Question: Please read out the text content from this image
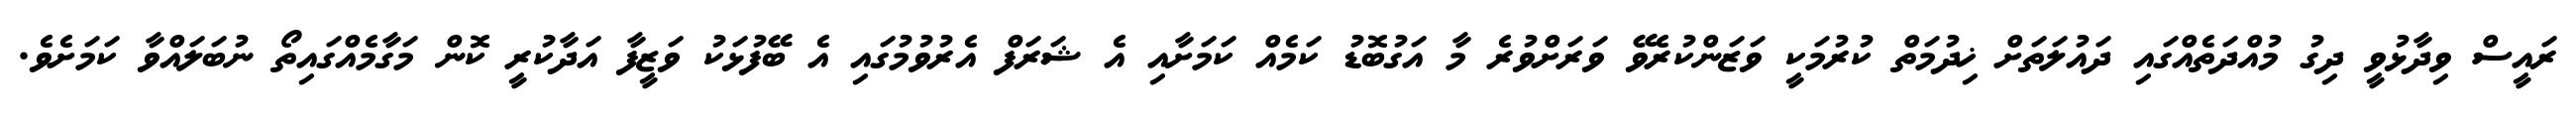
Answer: ރައީސް ވިދާޅުވީ ދިގު މުއްދަތެއްގައި ދައުލަތަށް ޚިދުމަތް ކުރުމަކީ ވަޒަންކުރެވޭ ވަރަށްވުރެ މާ އަގުބޮޑު ކަމެއް ކަމަށާއި އެ ޝަރަފް އެރުވުމުގައި އެ ބޭފުޅަކު ވަޒީފާ އަދާކުރީ ކޮން މަގާމެއްގައިތޯ ނުބަލައްވާ ކަމަށެވެ.